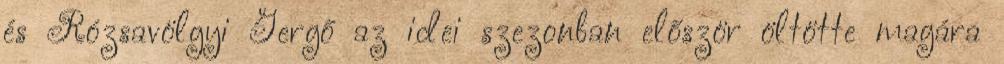
és Rózsavölgyi Gergő az idei szezonban először öltötte magára